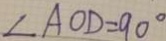
\angle A O D = 9 0 ^ { \circ }